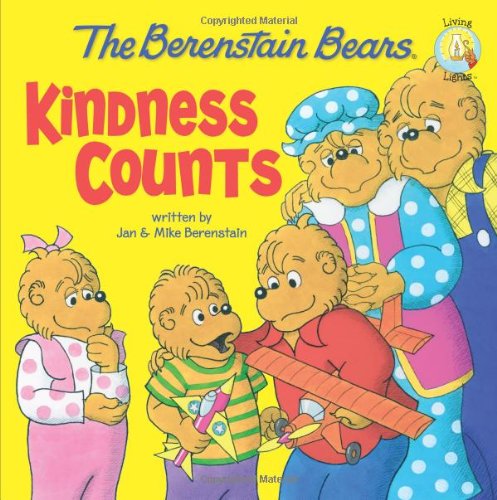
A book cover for The Berenstain Bears: Kindness Counts (Berenstain Bears/Living Lights); Jan Berenstain; Christian Books & Bibles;